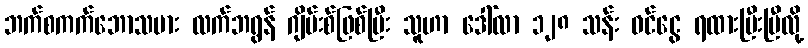
ဘက်စကက်ဘောသမား လက်ဘရွန် ဂျိမ်းစ်ဖြစ်ပြီး သူဟာ ဒေါ်လာ ၁၂၈ သန်း ဝင်ငွေ ရထားပြီးပြီလို့